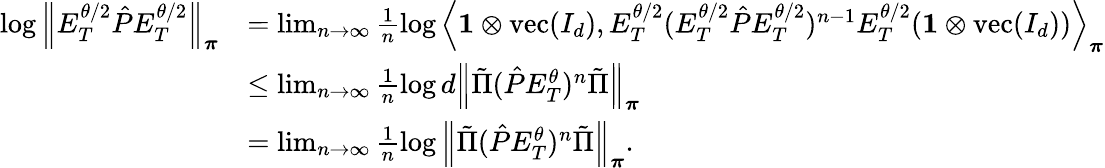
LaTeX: \begin{array}{rl}{\log\left\lVert E_{T}^{\theta/2}\hat{P}E_{T}^{\theta/2}\right\rVert_{\boldsymbol\pi}}&{=\operatorname*{lim}_{n\to\infty}\frac{1}{n}\log\left\langle\mathbf{1}\otimes\operatorname{vec}(I_{d}),E_{T}^{\theta/2}(E_{T}^{\theta/2}\hat{P}E_{T}^{\theta/2})^{n-1}E_{T}^{\theta/2}(\mathbf{1}\otimes\operatorname{vec}(I_{d}))\right\rangle_{\boldsymbol\pi}}\\ &{\leq\operatorname*{lim}_{n\to\infty}\frac{1}{n}\log d\left\lVert\tilde{\Pi}(\hat{P}E_{T}^{\theta})^{n}\tilde{\Pi}\right\rVert_{\boldsymbol\pi}}\\ &{=\operatorname*{lim}_{n\to\infty}\frac{1}{n}\log\left\lVert\tilde{\Pi}(\hat{P}E_{T}^{\theta})^{n}\tilde{\Pi}\right\rVert_{\boldsymbol\pi}.}\end{array}